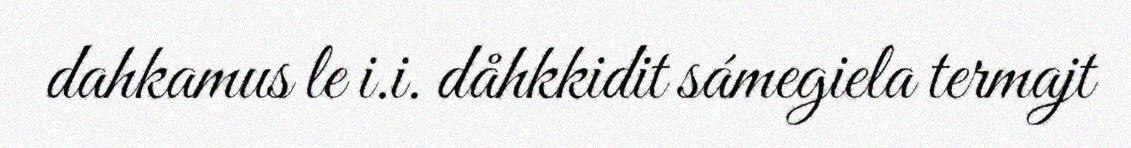
dahkamus le i.i. dåhkkidit sámegiela termajt